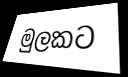
මුලකට